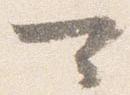
可